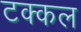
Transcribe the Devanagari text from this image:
टक्कल